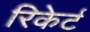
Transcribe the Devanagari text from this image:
रिकेर्ट